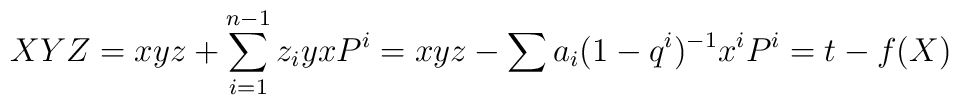
XYZ = xyz+ \sum_{i=1}^{n-1}  z_iy x P^i= xyz - \sum a_i(1-q^i)^{-1} x^{i} P^i = t - f(X)